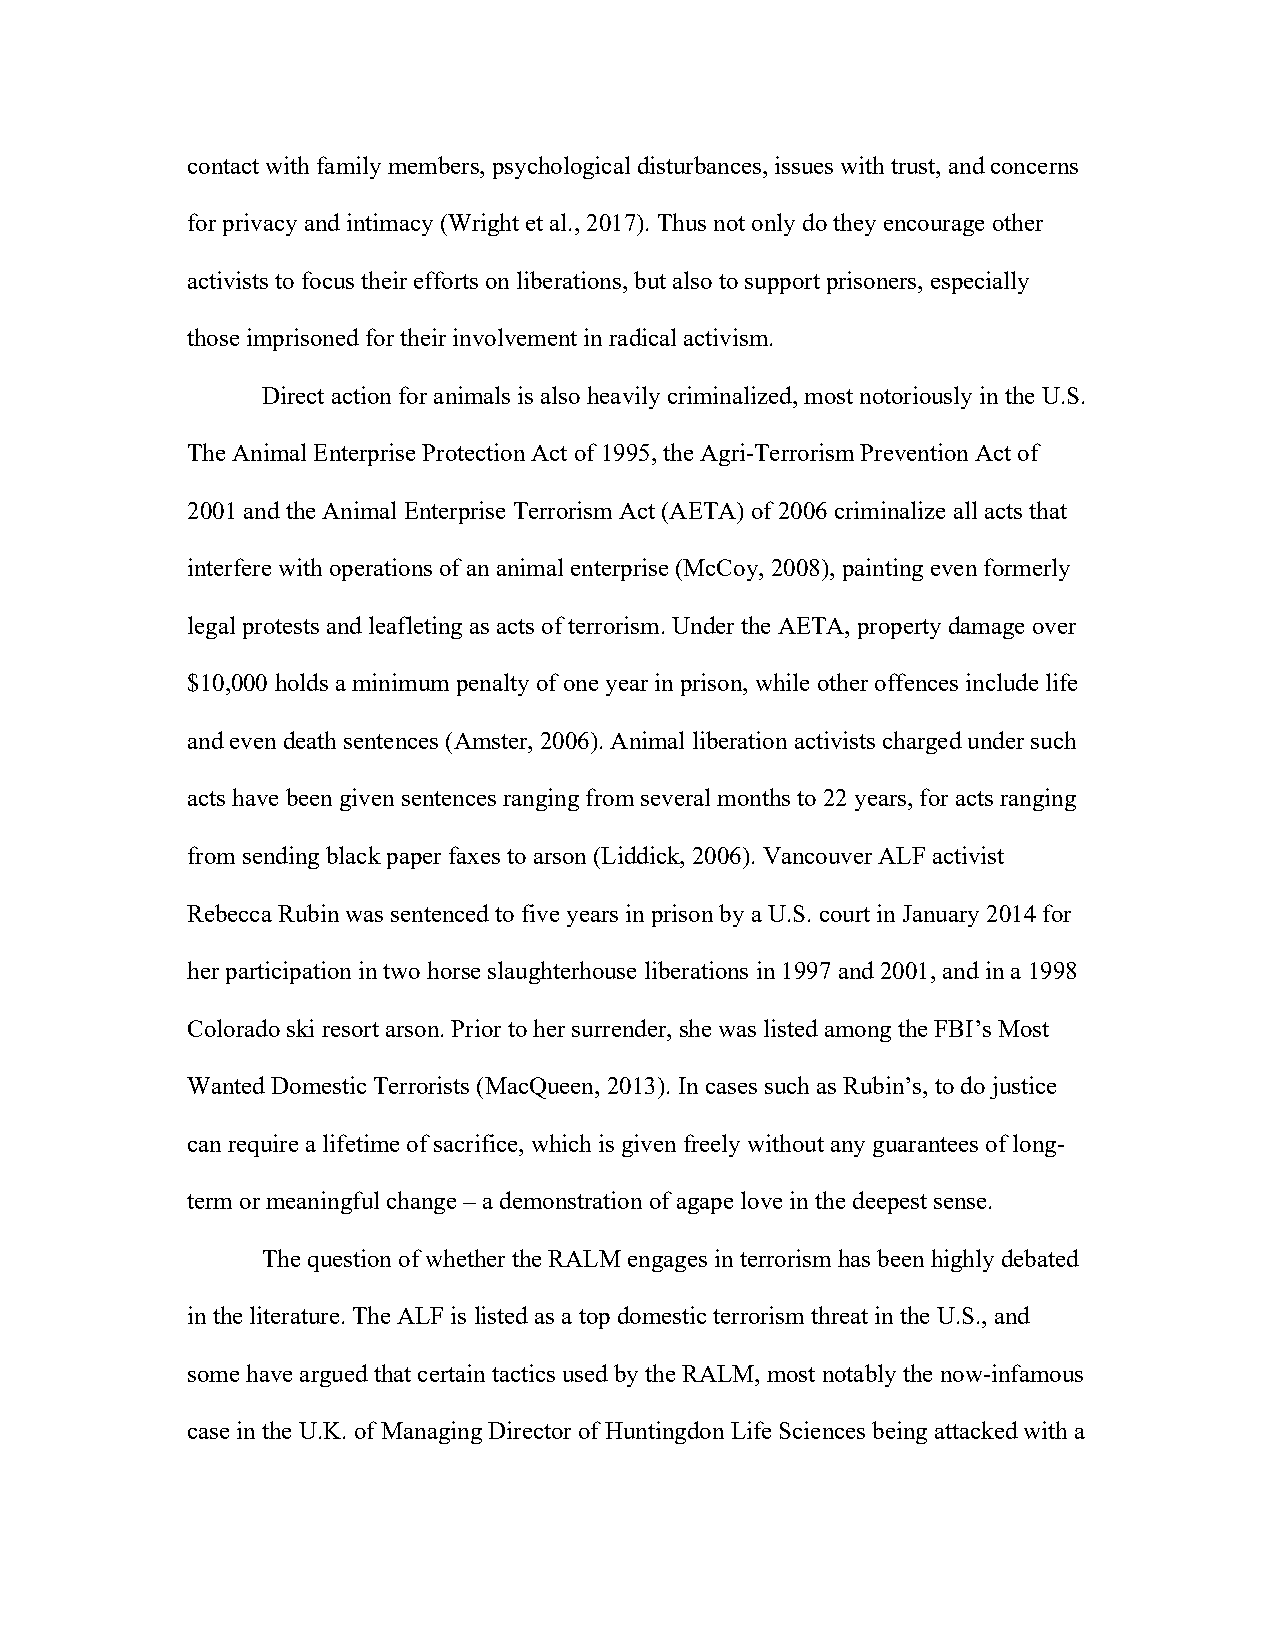
contact with family members, psychological disturbances, issues with trust, and concerns
 for privacy and intimacy (Wright et al., 2017). Thus not only do they encourage other
 activists to focus their efforts on liberations, but also to support prisoners, especially
 those imprisoned for their involvement in radical activism.
 Direct action for animals is also heavily criminalized, most notoriously in the U.S.
 The Animal Enterprise Protection Act of 1995, the Agri-Terrorism Prevention Act of
 2001 and the Animal Enterprise Terrorism Act (AETA) of 2006 criminalize all acts that
 interfere with operations of an animal enterprise (McCoy, 2008), painting even formerly
 legal protests and leafleting as acts of terrorism. Under the AETA, property damage over
 $10,000 holds a minimum penalty of one year in prison, while other offences include life
 and even death sentences (Amster, 2006). Animal liberation activists charged under such
 acts have been given sentences ranging from several months to 22 years, for acts ranging
 from sending black paper faxes to arson (Liddick, 2006). Vancouver ALF activist
 Rebecca Rubin was sentenced to five years in prison by a U.S. court in January 2014 for
 her participation in two horse slaughterhouse liberations in 1997 and 2001, and in a 1998
 Colorado ski resort arson. Prior to her surrender, she was listed among the FBI’s Most
 Wanted Domestic Terrorists (MacQueen, 2013). In cases such as Rubin’s, to do justice
 can require a lifetime of sacrifice, which is given freely without any guarantees of long-
 term or meaningful change – a demonstration of agape love in the deepest sense.
 The question of whether the RALM engages in terrorism has been highly debated
 in the literature. The ALF is listed as a top domestic terrorism threat in the U.S., and
 some have argued that certain tactics used by the RALM, most notably the now-infamous
 case in the U.K. of Managing Director of Huntingdon Life Sciences being attacked with a